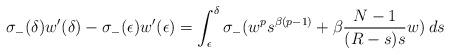
LaTeX: \begin{align*}\sigma_-(\delta) w'(\delta)-\sigma_-(\epsilon)w'(\epsilon)=\int_\epsilon^\delta \sigma_-(w^ps^{\beta(p-1)}+\beta\frac{N-1}{(R-s)s}w)\:ds\,\end{align*}